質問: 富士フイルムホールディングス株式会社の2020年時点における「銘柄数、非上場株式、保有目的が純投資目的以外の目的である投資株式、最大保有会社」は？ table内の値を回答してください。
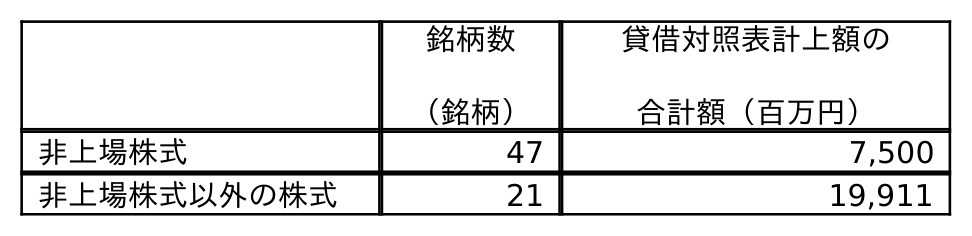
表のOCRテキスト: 銘柄数 （銘柄） 貸借対照表計上額の 合計額（百万円） 非上場株式 47 7,500 非上場株式以外の株式 21 19,911
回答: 47